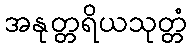
အနုတ္တရိယသုတ္တံ